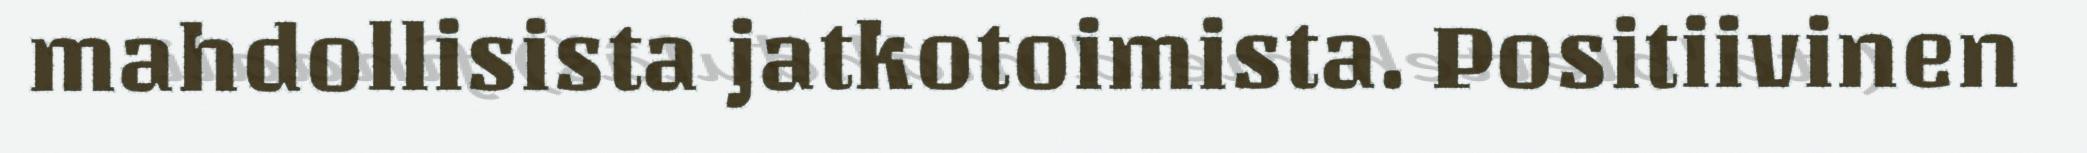
mahdollisista jatkotoimista. Positiivinen